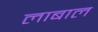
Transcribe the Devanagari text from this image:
लाबाल